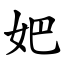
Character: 妑